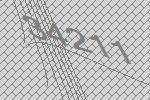
34211